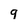
Character: 9